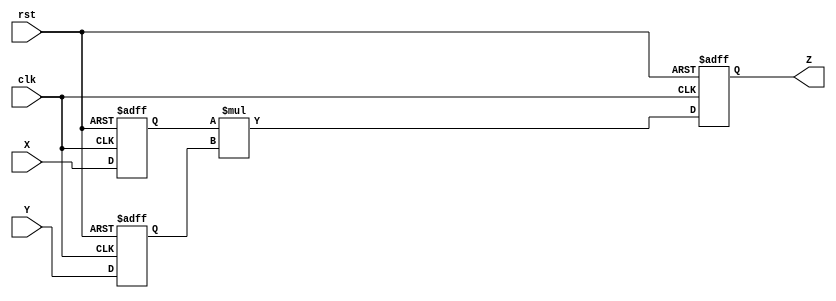
module SimpleMultiplier (
    input clk,
    input rst,
    input signed [31:0] X,
    input signed [31:0] Y,
    output signed [63:0] Z
);

reg signed [31:0] activeX;
reg signed [31:0] activeY;
wire signed [63:0] intermediateZ;

always @(posedge(clk) or posedge(rst)) begin
    if (rst) begin
        activeX = 0;
        activeY = 0;
        Z = 0;
    end
    else begin
        activeX = X;
        activeY = Y;
        Z = intermediateZ;
    end
end

assign intermediateZ = activeX*activeY;

endmodule